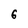
Character: G